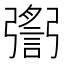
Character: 𢐬